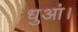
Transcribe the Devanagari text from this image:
धुआं।